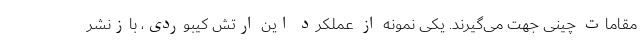
مقامات چینی جهت می‌گیرند. یکی نمونه از عملکرد این ارتش کیبوردی، بازنشر